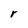
Character: r